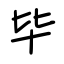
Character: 毕